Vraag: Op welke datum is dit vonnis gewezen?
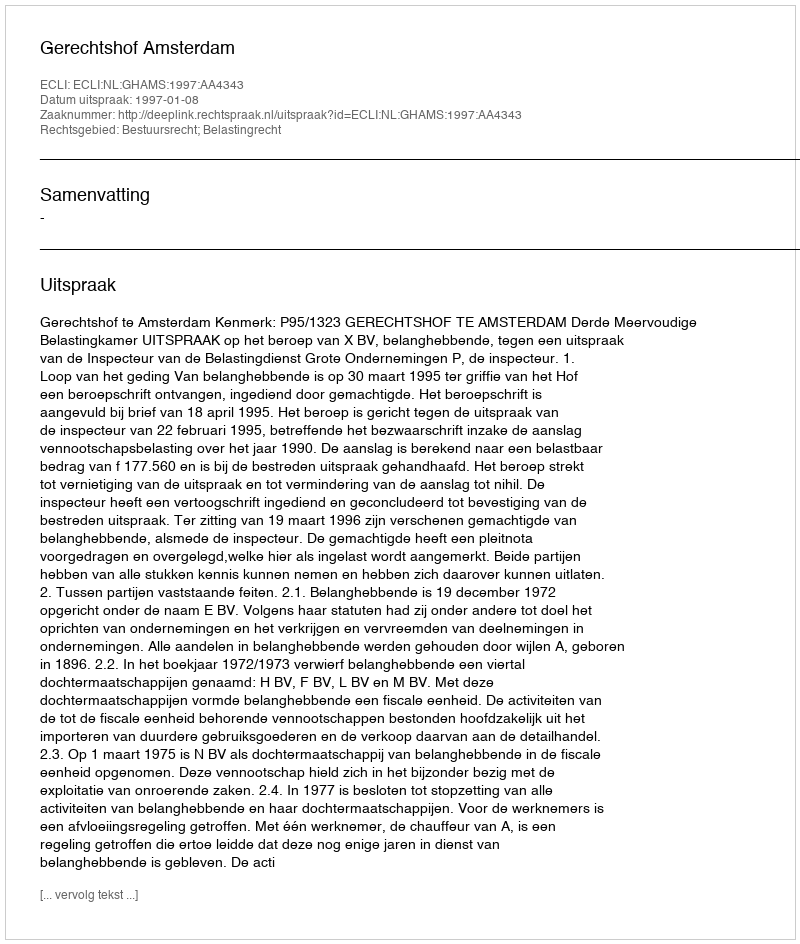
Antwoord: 1997-01-08